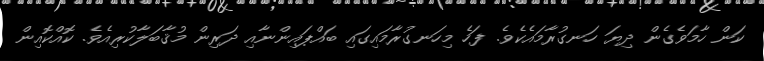
ކަން ހާމަވެގެން ދިޔަ ހަނގުރާމައެކެވެ. ފަހެ މިހަނގުރާމައިގައި ބައްޕައިންނާއި ދަރިން މުޤާބަލާކުރިއެވެ. ކޮއްކޮއިން